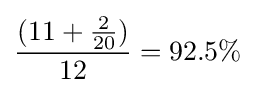
{\frac {(11+{\frac {2}{20}})}{12}}=92.5\%